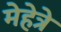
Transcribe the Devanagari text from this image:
मेहेत्रे